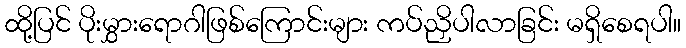
ထို့ပြင် ပိုးမွှားရောဂါဖြစ်ကြောင်းများ ကပ်ညှိပါလာခြင်း မရှိစေရပါ။